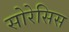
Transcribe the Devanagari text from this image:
सोरेसिस